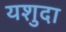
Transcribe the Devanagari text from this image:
यशुदा